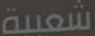
شعبية